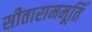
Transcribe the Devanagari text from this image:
सीताराममूर्ति